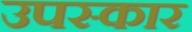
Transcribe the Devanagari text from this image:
उपस्‍कार